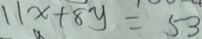
1 1 x + 8 y = 5 3